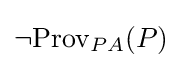
\neg \mathrm {Prov} _{PA}(P)